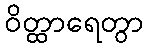
ဝိတ္ထာရေတွာ